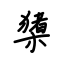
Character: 橥